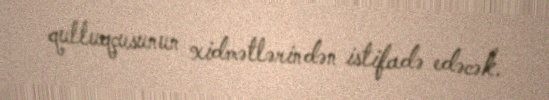
qulluqçusunun xidmətlərindən istifadə edəcək.